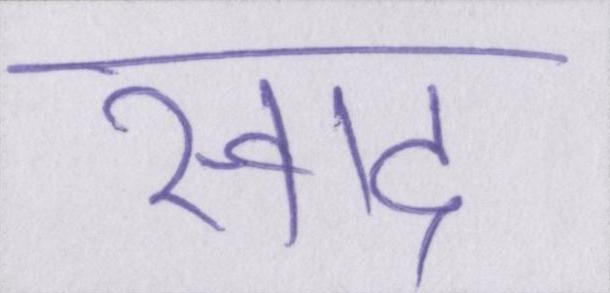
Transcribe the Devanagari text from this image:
स्वाद